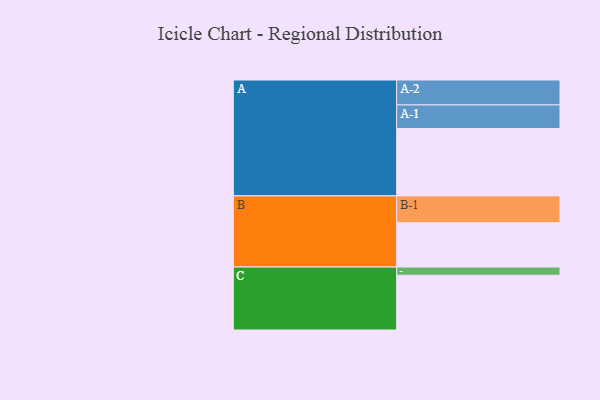
{"axis": {"x": "Segment", "y": "Value"}, "legend": ["", "A", "B", "C"], "data": [{"x": "A", "y": 524, "type": ""}, {"x": "B", "y": 345, "type": ""}, {"x": "C", "y": 426, "type": ""}, {"x": "A-1", "y": 184, "type": "A"}, {"x": "A-2", "y": 194, "type": "A"}, {"x": "B-1", "y": 209, "type": "B"}, {"x": "C-1", "y": 64, "type": "C"}]}